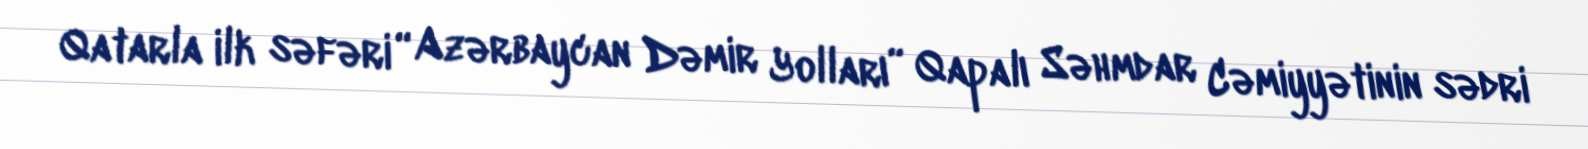
Qatarla ilk səfəri “Azərbaycan Dəmir Yolları” Qapalı Səhmdar Cəmiyyətinin sədri